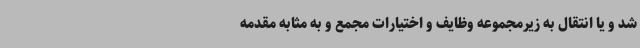
شد و یا انتقال به زیرمجموعه وظایف و اختیارات مجمع و به مثابه مقدمه